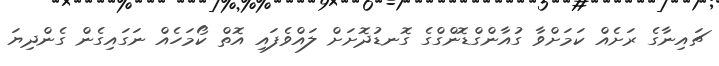
ޗައިނާގެ ރަށެއް ކަމަށްވާ ގުއާންގްޑޮންގްގެ ގޮނޑުދޮށަށް ލައްވެފައި އޮތް ކޯމަހެއް ނަގައިގެން ގެންދިޔަ